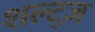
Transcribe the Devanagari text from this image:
शल्ट्ज़